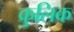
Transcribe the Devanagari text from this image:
क्रुलिक